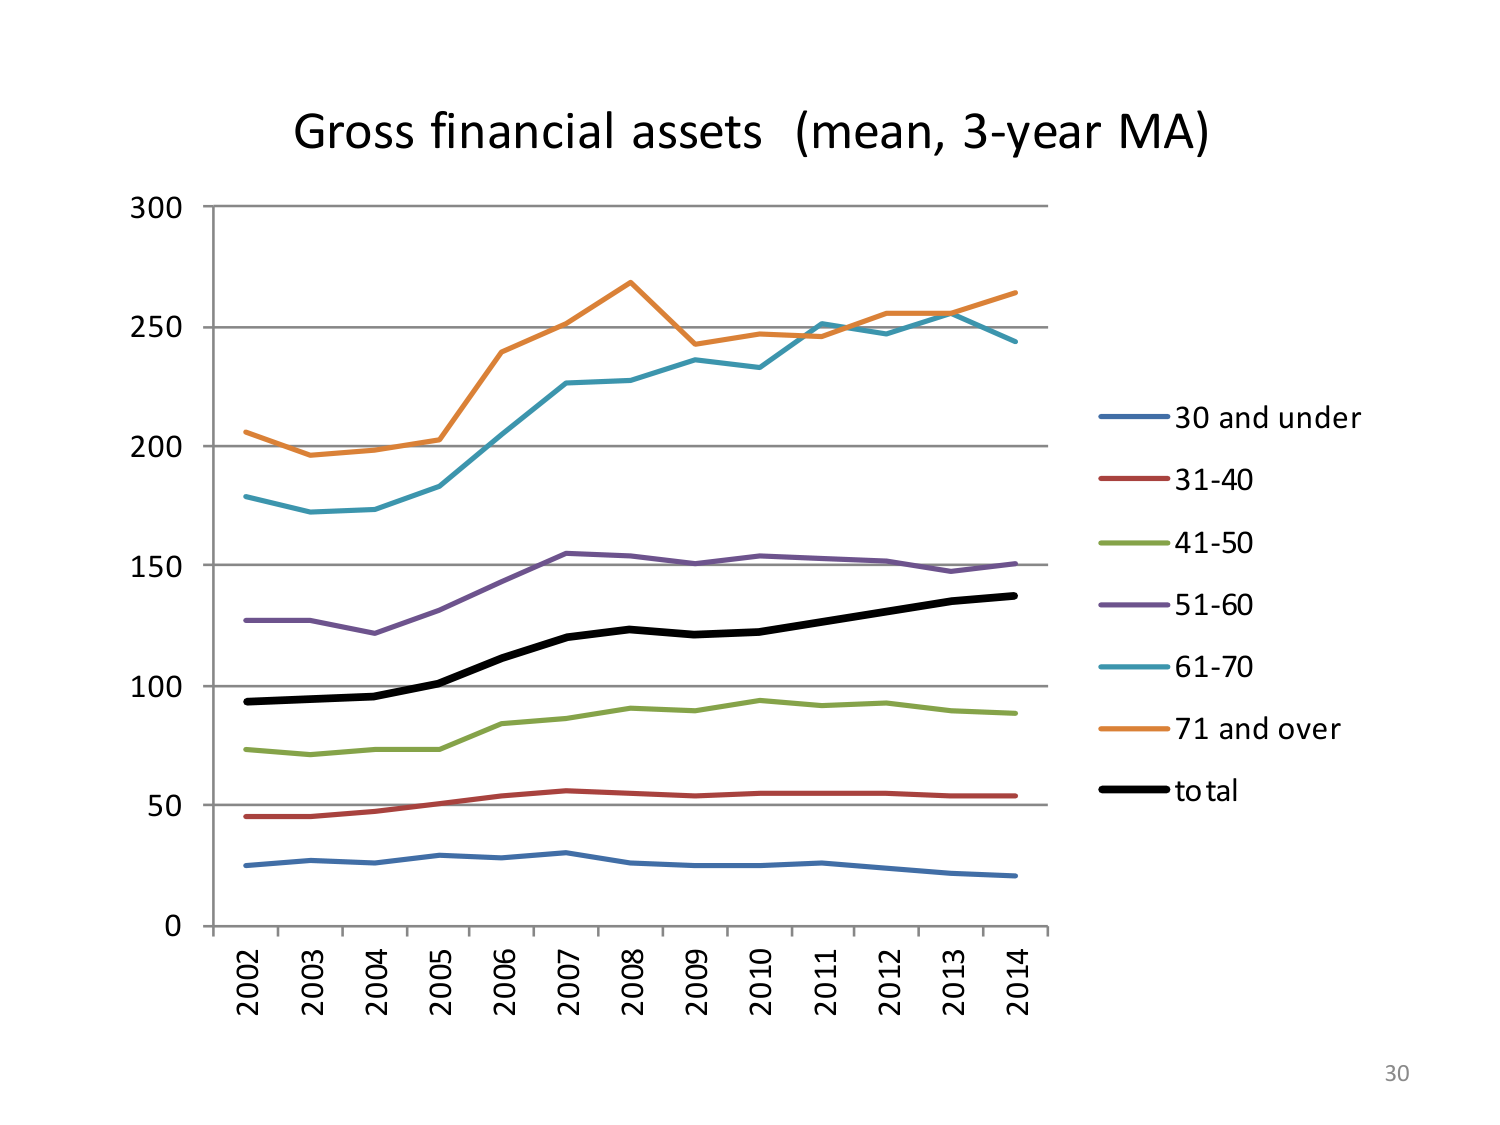
Gross financial assets (mean, 3-year MA)
300
250
200
150
100
50
0
2002 2003 2004 2005 2006 2007 2008 2009 2010 2011 2012 2013 2014
30 and under
31-40
41-50
51-60
61-70
71 and over
total
30